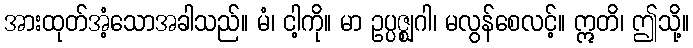
အားထုတ်အံ့သောအခါသည်။ မံ၊ ငါ့ကို။ မာ ဥပ္ပဇ္ဈဂါ၊ မလွန်စေလင့်။ ဣတိ၊ ဤသို့။